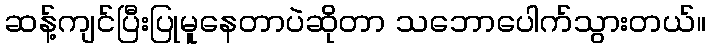
ဆန့်ကျင်ပြီးပြုမူနေတာပဲဆိုတာ သဘောပေါက်သွားတယ်။